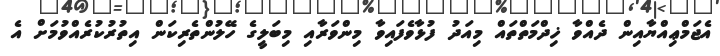
އެޖަމްޢިއްޔާއިން ދެއްވާ ޚިދްމަތްތައް މިއަދު ފުޅާވެފައިވާ މިންވަރާއި މިބަލީގެ ހޭލުންތެރިކަން އިތުރުކުރެއްވުމަށް އެ